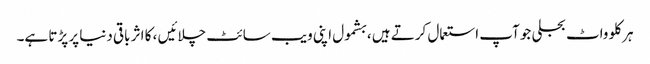
ہر کلو واٹ بجلی جو آپ استعمال کرتے ہیں ، بشمول اپنی ویب سائٹ چلائیں ، کا اثر باقی دنیا پر پڑتا ہے۔